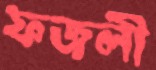
ফজলী